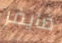
فايفر